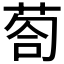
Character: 𱽯